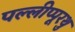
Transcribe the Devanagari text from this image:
पल्लीप्पूरथु